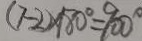
( 7 - 2 ) \times 1 8 0 ^ { \circ } = 9 0 0 ^ { \circ }